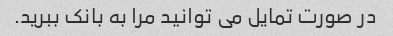
در صورت تمایل می توانید مرا به بانک ببرید.